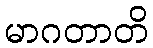
မာဂတာတိ